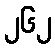
၂၆၂